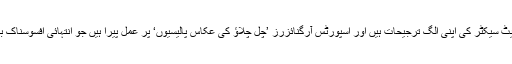
کارپوریٹ سیکٹر کی اپنی الگ ترجیحات ہیں اور اسپورٹس آرگنائزرز ’چل چلاؤ کی عکاس پالیسیوں‘ پر عمل پیرا ہیں جو انتہائی افسوسناک بات ہے۔